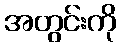
အတွင်းကို